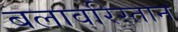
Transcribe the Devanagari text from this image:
बलावरिस्तान